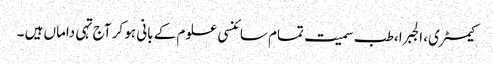
کیمسٹری، الجبرا ،طب سمیت تمام سائنسی علوم کے بانی ہو کر آج تہی داماں ہیں ۔